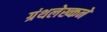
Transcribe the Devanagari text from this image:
ग्रंथलेख्कने